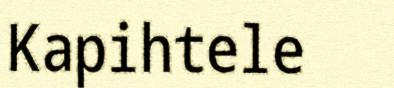
Kapihtele